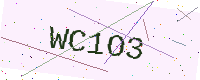
Text: WC1O3